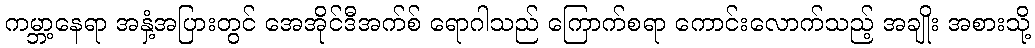
ကမ္ဘာ့နေရာ အနှံ့အပြားတွင် အေအိုင်ဒီအက်စ် ရောဂါသည် ကြောက်စရာ ကောင်းလောက်သည့် အချိုး အစားသို့